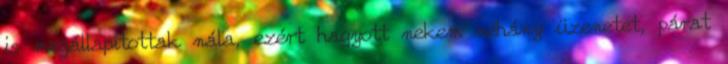
is megállapítottak nála, ezért hagyott nekem néhány üzenetet, párat